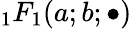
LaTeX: {_1F_{1}}(a;b;\bullet)